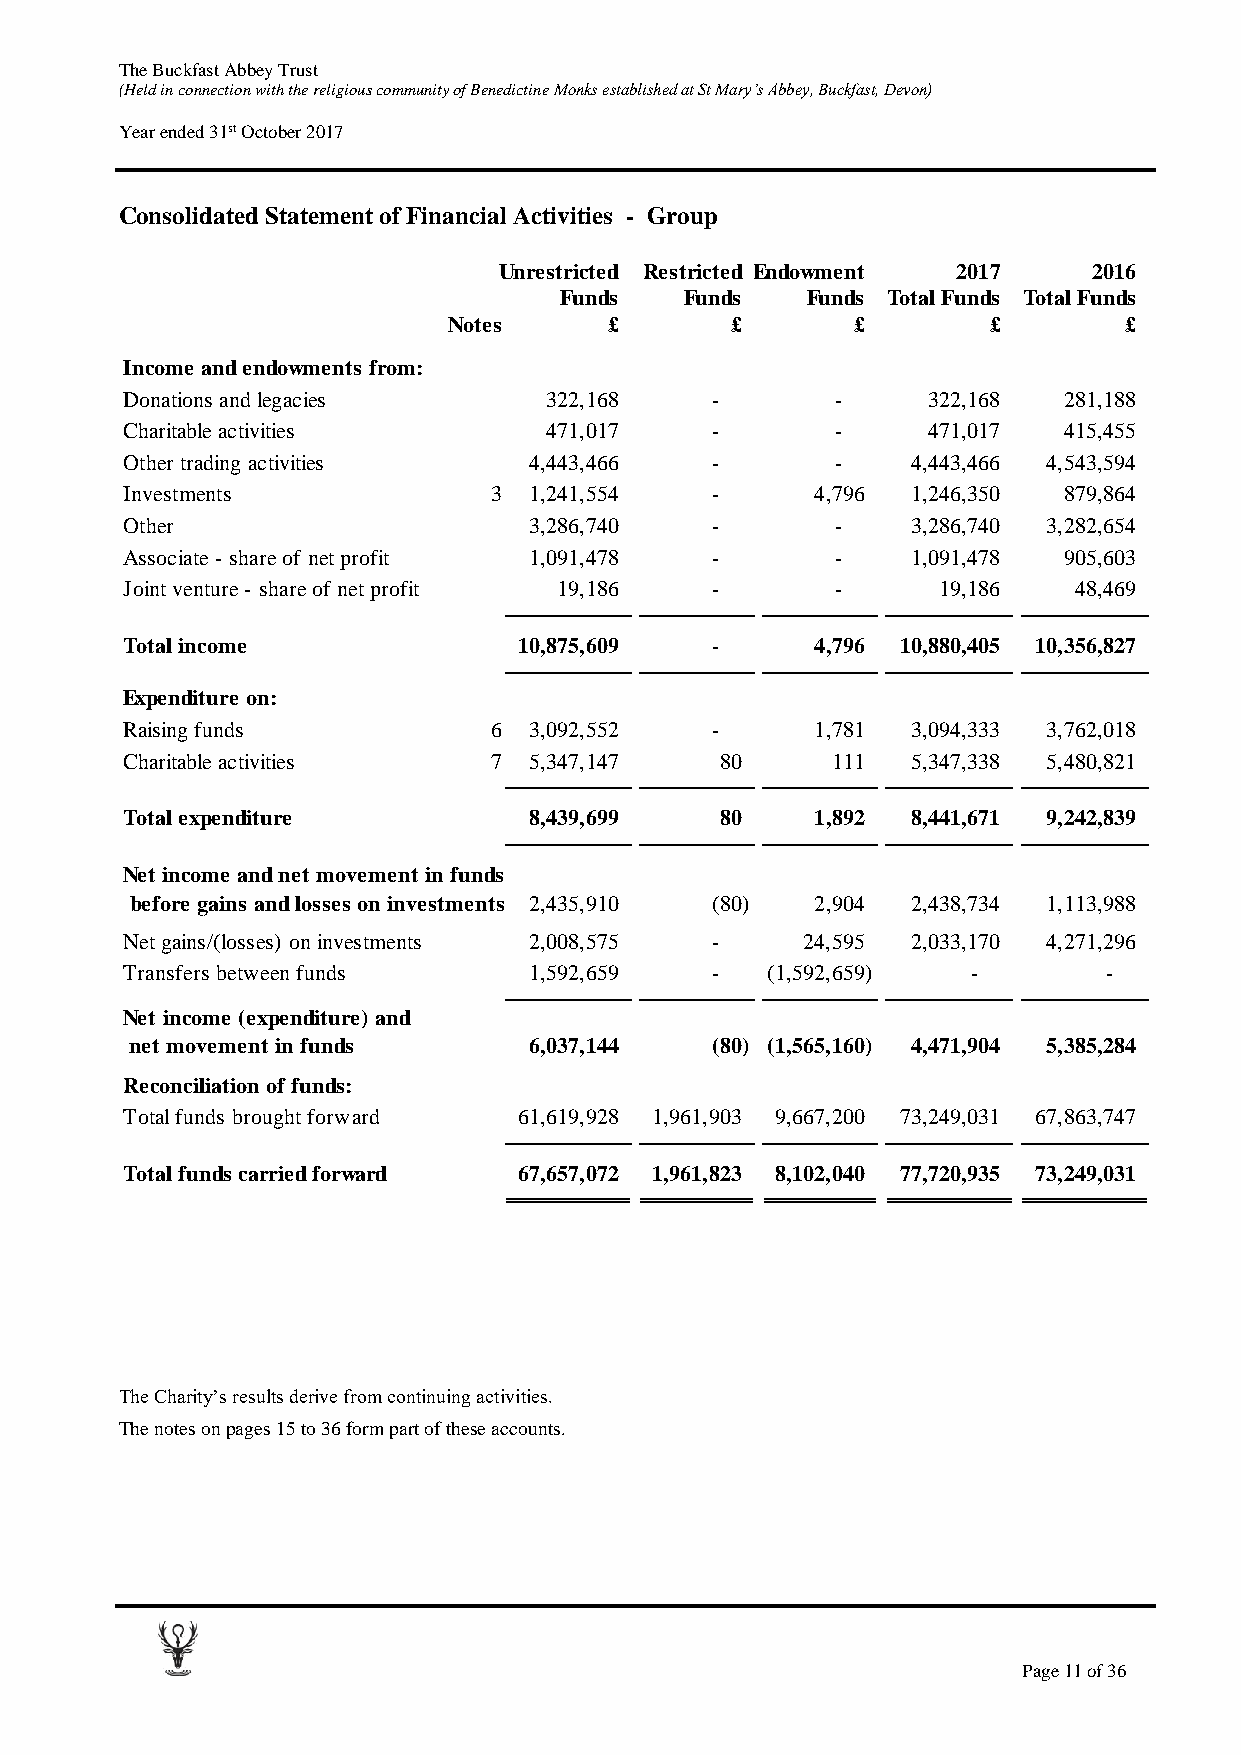
The Buckfast Abbey Trust
 (Held in connection with the religious community of Benedictine Monks established at St Mary’s Abbey, Buckfast, Devon)
 Year ended 31st October 2017
 Consolidated Statement of Financial Activities - Group
 Unrestricted Restricted Endowment 2017 2016
 Funds   Funds   Funds Total Funds Total Funds
 Notes     £       £       £        £        £
 Income and endowments from:
 Donations and legacies      322,168    -       -     322,168  281,188
 Charitable activities       471,017    -       -     471,017  415,455
 Other trading activities   4,443,466   -       -    4 ,443,466 4 ,543,594
 Investments             3  1,241,554   -      4,796 1 ,246,350 879,864
 Other                      3,286,740   -       -    3 ,286,740 3 ,282,654
 Associate - share of net profit 1,091,478 -    -    1 ,091,478 905,603
 Joint venture - share of net profit 19,186 -   -      19,186   48,469
 Total income              1 0,875,609  -      4,796 10,880,405 10,356,827
 Expenditure on:
 Raising funds           6  3,092,552   -      1,781 3 ,094,333 3 ,762,018
 Charitable activities   7  5,347,147    80     1 11 5 ,347,338 5 ,480,821
 Total expenditure          8,439,699    80    1,892 8 ,441,671 9 ,242,839
 Net income and net movement in funds
 before gains and losses on investments 2,435,910 (80) 2,904 2 ,438,734 1 ,113,988
 Net gains/(losses) on investments 2,008,575 - 24,595 2 ,033,170 4 ,271,296
 Transfers between funds    1,592,659   -   (1,592,659)  -        -
 Net income (expenditure) and
 net movement in funds     6,037,144   (80) (1,565,160) 4 ,471,904 5 ,385,284
 Reconciliation of funds:
 Total funds brought forward 6 1,619,928 1 ,961,903 9 ,667,200 73,249,031 67,863,747
 Total funds carried forward 6 7,657,072 1 ,961,823 8 ,102,040 77,720,935 73,249,031
 The Charity’s results derive from continuing activities.
 The notes on pages 15 to 36 form part of these accounts.
 Page 11 of 36